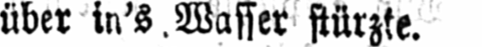
über in’s Wasser stürzte.